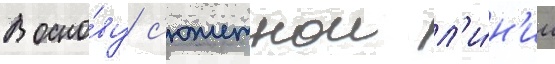
В осно́ву с'южетнои л'и́н'ии